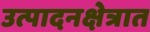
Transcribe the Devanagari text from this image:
उत्पादनक्षेत्रात